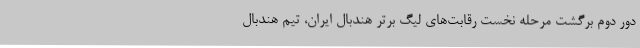
دور دوم برگشت مرحله نخست رقابت‌های لیگ برتر هندبال ایران، تیم هندبال